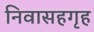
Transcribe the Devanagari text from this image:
निवासहगृह